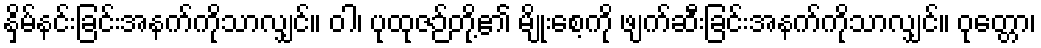
နှိမ်နင်းခြင်းအနက်ကိုသာလျှင်။ ဝါ၊ ပုထုဇဉ်တို့၏ မျိုးစေ့ကို ဖျက်ဆီးခြင်းအနက်ကိုသာလျှင်။ ဝုတ္တော၊